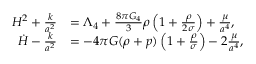
\begin{array} { r l } { H ^ { 2 } + \frac { k } { a ^ { 2 } } } & { = \Lambda _ { 4 } + \frac { 8 \pi G _ { 4 } } { 3 } \rho \left( 1 + \frac { \rho } { 2 \sigma } \right) + \frac { \mu } { a ^ { 4 } } , } \\ { \dot { H } - \frac { k } { a ^ { 2 } } } & { = - 4 \pi G ( \rho + p ) \left( 1 + \frac { \rho } { \sigma } \right) - 2 \frac { \mu } { a ^ { 4 } } , } \end{array}